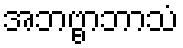
အဘဗ္ဗာဘာသံ